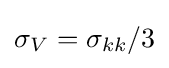
\sigma _{V}=\sigma _{kk}/3